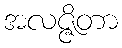
အလဇ္ဇိတာ